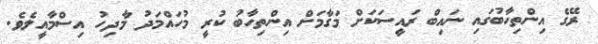
ރޭގެ އިންތިހާބުގައި ނައިބް ރައީސަކަށް މަގާމަށް އިންތިހާބު ކުރީ މުހައްމަދު މާދިހު އިސްމާއީލެވެ.